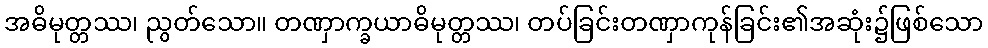
အဓိမုတ္တဿ၊ ညွတ်သော။ တဏှာက္ခယာဓိမုတ္တဿ၊ တပ်ခြင်းတဏှာကုန်ခြင်း၏အဆုံး၌ဖြစ်သော